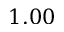
1 . 0 0